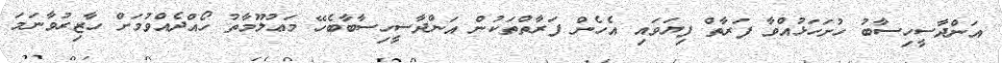
އަންދާސީހިސާބު ހުށަހަޅުއްވާ ފަރާތް ފިޔަވައި އެހެން ފަރާތްތަކުން އަންދާސީހިސާބާބެހޭ މަޢުލޫމާތު ހޯއްދެއްވުމަށް ހާޒިރުވާނަމަ